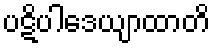
ပဋိပါဒေယျာထာတိ